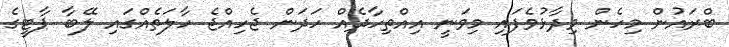
ބްރައުން މިހެން ވިދާޅުވެފައި މިވަނީ އިއްތިހާދެއް ހަދަން ޖެހިއްޖެ ހާލަތެއްގައި ލޭބާ ޕާޓީގެ